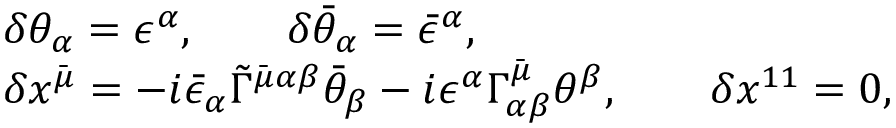
\begin{array} { l } { { \delta \theta _ { \alpha } = \epsilon ^ { \alpha } , \qquad \delta \bar { \theta } _ { \alpha } = \bar { \epsilon } ^ { \alpha } , } } \\ { { \delta x ^ { \bar { \mu } } = - i \bar { \epsilon } _ { \alpha } \tilde { \Gamma } ^ { \bar { \mu } \alpha \beta } \bar { \theta } _ { \beta } - i \epsilon ^ { \alpha } \Gamma _ { \alpha \beta } ^ { \bar { \mu } } \theta ^ { \beta } , \qquad \delta x ^ { 1 1 } = 0 , } } \end{array}